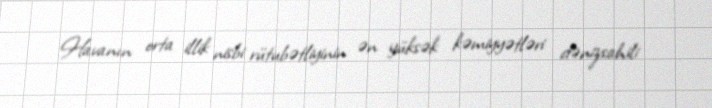
Havanın orta illik nisbi rütubətliyinin ən yüksək kəmiyyətləri dənizsahili